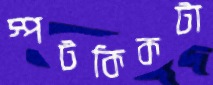
স্পটকিকটা